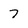
Character: 7